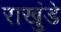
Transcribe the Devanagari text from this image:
राखुंडे